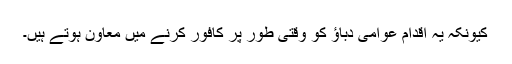
کیونکہ یہ اقدام عوامی دباؤ کو وقتی طور پر کافور کرنے میں معاون ہوتے ہیں۔